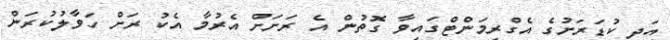
އަދި ކުޑަރަށުގެ އެގްރިމަންޓްގައިވާ ގޮތުން އެ ރަށަށް އެރުމާ އެކު ރަށް ހަވާލުކުރަން